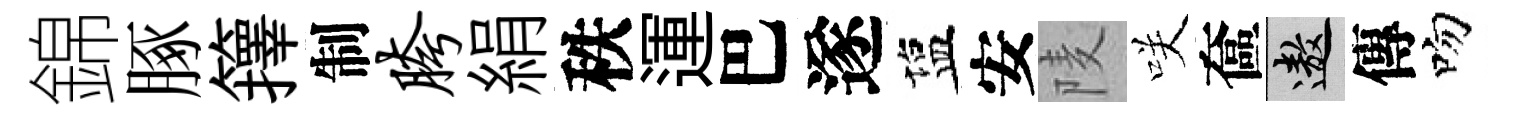
錦䐁籜制胯絹秩運巴遂塩安𨹧咲奩遨傳吻